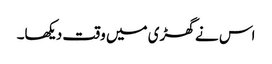
اس نے گھڑی میں وقت دیکھا۔